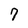
Character: 7